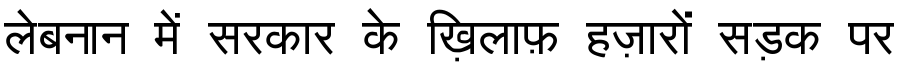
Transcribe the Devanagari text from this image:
लेबनान में सरकार के ख़िलाफ़ हज़ारों सड़क पर